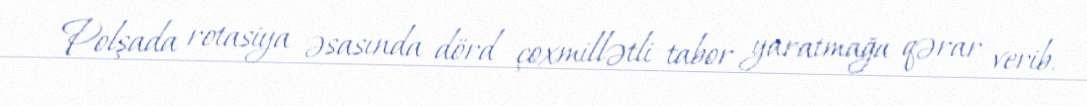
Polşada rotasiya əsasında dörd çoxmillətli tabor yaratmağa qərar verib.